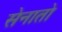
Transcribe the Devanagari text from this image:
सेनातो